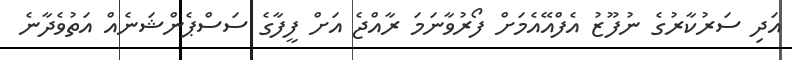
އަދި ސަރުކާރުގެ ނުފޫޒު އެފްއޭއެމަށް ފޯރުވާނަމަ ރާއްޖެ އަށް ފީފާގެ ސަސްޕެންޝަނެއް އަތުވެދާނެ